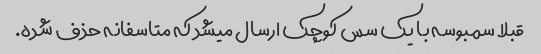
قبلا سمبوسه با یک سس کوچک ارسال میشد که متاسفانه حذف شده.